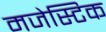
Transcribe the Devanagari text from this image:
मजेस्टिक